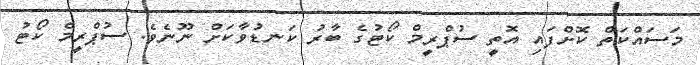
މަސައްކަތް ކޮށްފައި އޮތީ ސުޕްރީމް ކޯޓުގެ ބާރު ކަނޑުވާކަށް ނޫނެވެ. ސުޕްރީމް ކޯޓު